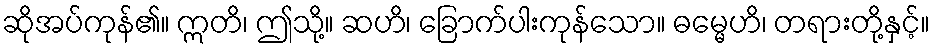
ဆိုအပ်ကုန်၏။ ဣတိ၊ ဤသို့။ ဆဟိ၊ ခြောက်ပါးကုန်သော။ ဓမ္မေဟိ၊ တရားတို့နှင့်။